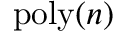
\mathrm { p o l y } ( n )